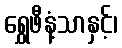
ရွှေဖီနံ့သာနှင့်၊